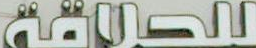
للحراقة